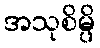
အသုစိမ္ပိ